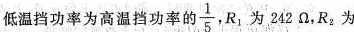
低温挡功率为高温挡功率的 \frac{1}{5},R_{1}为242Ω，R_{2}，为